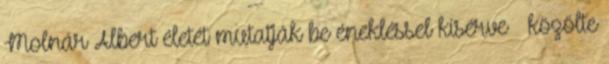
Molnár Albert életét mutatják be énekléssel kísérve – közölte